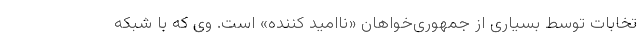
تخابات توسط بسیاری از جمهوری‌خواهان «ناامید کننده» است. وی که با شبکه